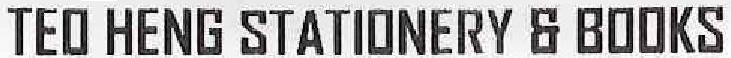
TEO HENG STATIONERY & BOOKS